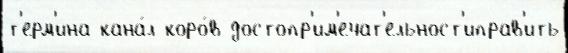
т'ерм'ина кана́л коро́в достопр'им'ечат'ельност'иправ'ить